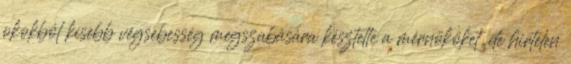
okokból kisebb végsebesség megszabására késztette a mérnököket, de hirtelen